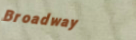
Broadway